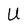
Character: U